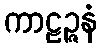
ကာဠဉ္ဇနံ